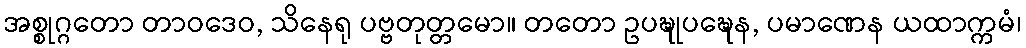
အစ္စုဂ္ဂတော တာဝဒေဝ, သိနေရု ပဗ္ဗတုတ္တမော။ တတော ဥပဍ္ဎုပဍ္ဎေန, ပမာဏေန ယထာက္ကမံ၊